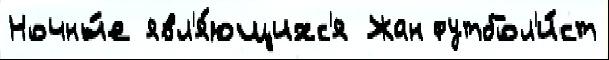
Ночны́е явл'я́ющихс'я Жан футбол'и́ст